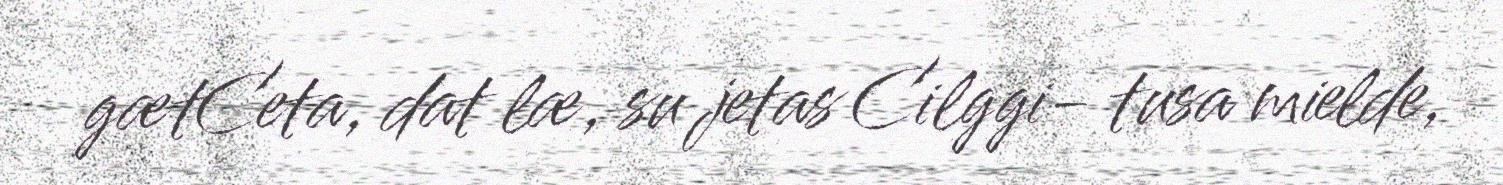
gætCeta, dat læ, su jetas Cilggi- tusa mielde,